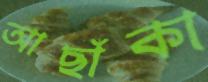
আছাঁকা